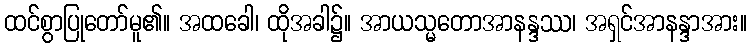
ထင်စွာပြုတော်မူ၏။ အထခေါ၊ ထိုအခါ၌။ အာယသ္မတောအာနန္ဒဿ၊ အရှင်အာနန္ဒာအား။